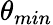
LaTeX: \theta_{min}